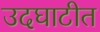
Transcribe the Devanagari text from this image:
उदघाटीत